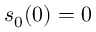
s _ { 0 } ( 0 ) = 0